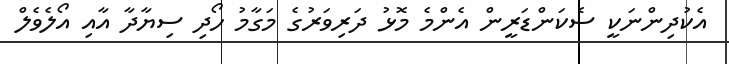
އެކުދިންނަކީ ސެކަންޑަރީން އެންމެ މޮޅު ދަރިވަރުގެ މަގާމު ހޯދި ސިޔާދާ އާއި އޯލެވެލް